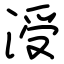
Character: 涭